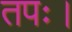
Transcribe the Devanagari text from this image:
तपः।